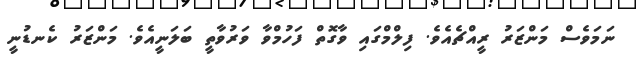
ނަމަވެސް މަންޒަރު ރީއްޗެއެވެ. ފިލްމްގައި ވާގޮތް ފަހުމްވާ ވަރުވާތީ ބަލަނީއެވެ. މަންޒަރު ކެނޑުނީ